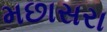
મછાસરા